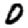
Digit: 0